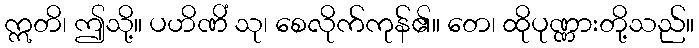
ဣတိ၊ ဤသို့။ ပဟိဏိံ သု၊ စေလိုက်ကုန်၏။ တေ၊ ထိုပုဏ္ဏားတို့သည်။